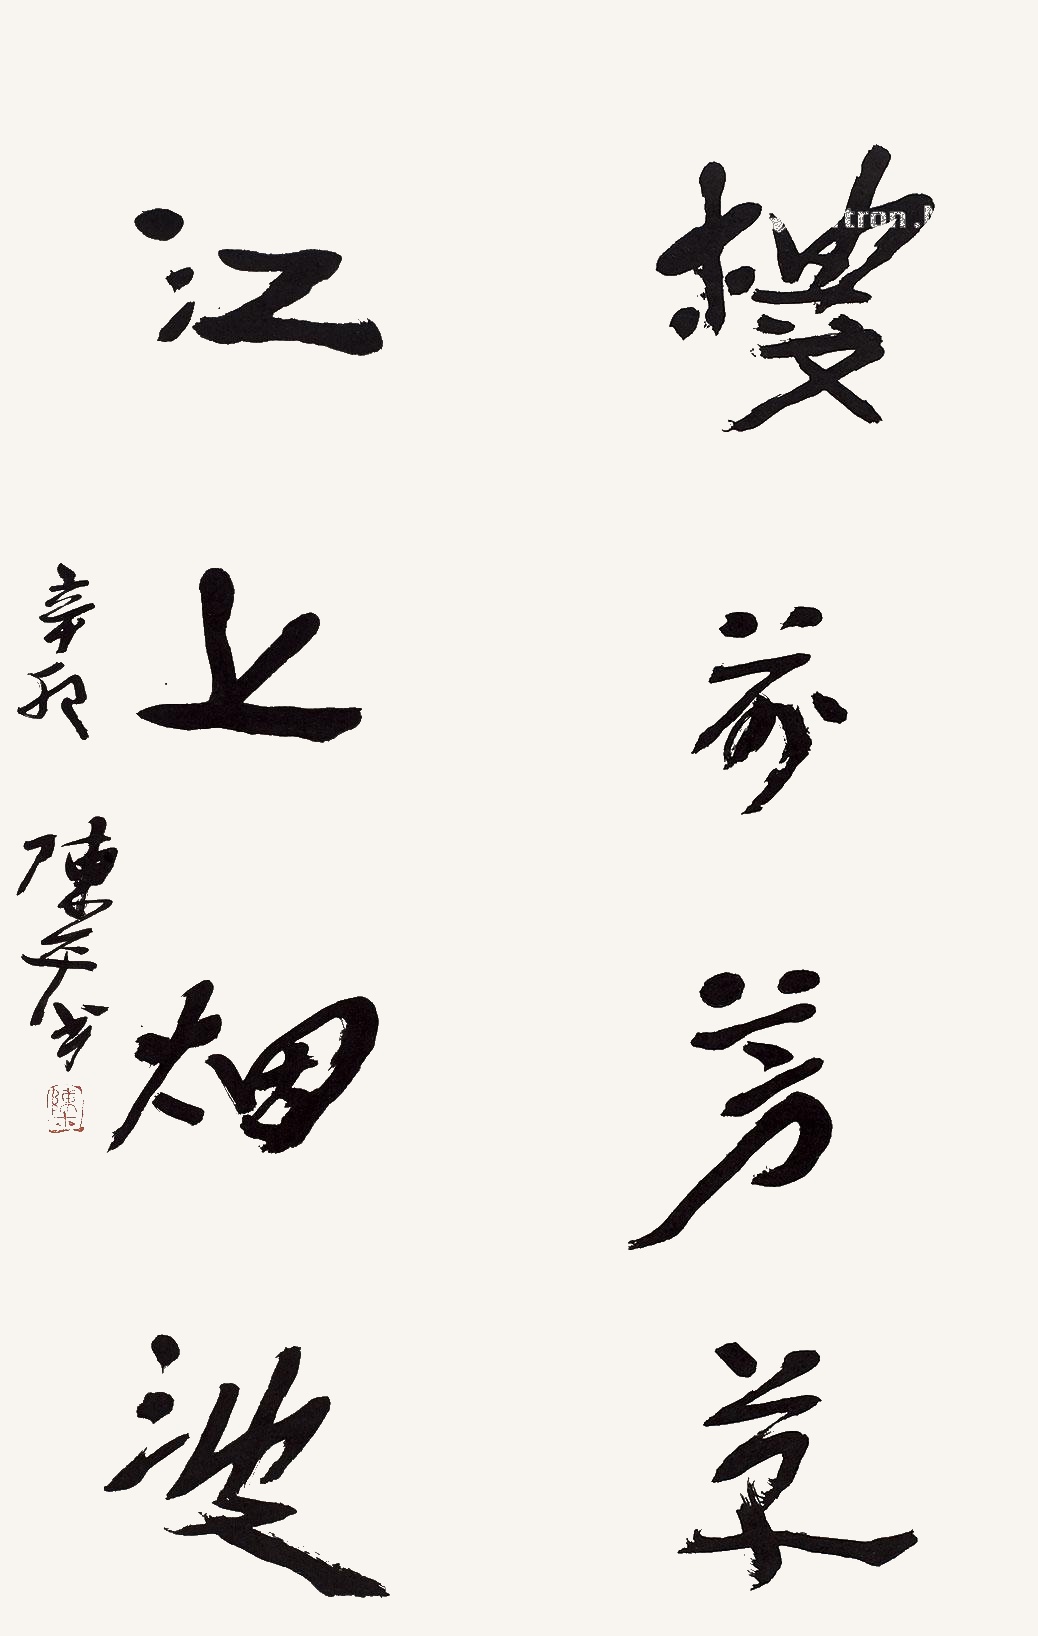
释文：楼前芳草，江上烟波。辛卯陈平书。